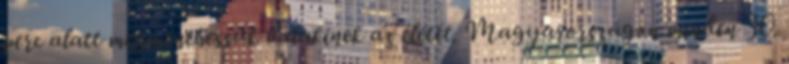
perc alatt megmenthessük valakinek az életét. Magyarországon minden 30.